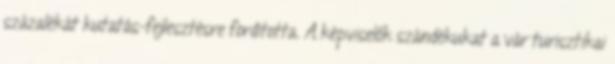
százalékát kutatás-fejlesztésre fordította. A képviselők szándékukat a vár turisztikai